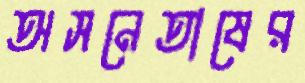
অসনেতাষের